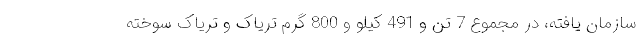
سازمان یافته، در مجموع 7 تن و 491 کیلو و 800 گرم تریاک و تریاک سوخته